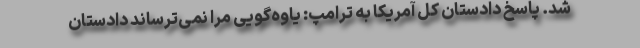
شد. پاسخ دادستان کل آمریکا به ترامپ: یاوه‌گویی مرا نمی‌ترساند دادستان